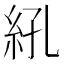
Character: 𬗆